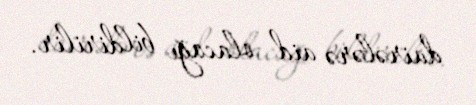
dairələrə aid olacağı bildirilir.